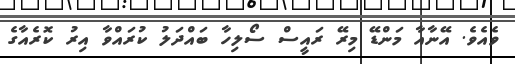
ވެއެވެ. އޭނާއާ މަންޑޭ މިރޭ ރައީސް ސޯލިހާ ބައްދަލު ކުރައްވާ އިރު ކޮރެއާގެ